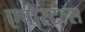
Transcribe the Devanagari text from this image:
एपोस्टल्स